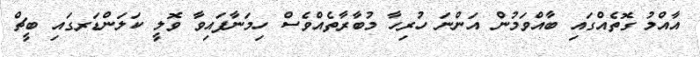
އާއްމު ގޮތެއްގައި ބާއްވަމުން އަންނަ ހުރިހާ މުބާރާތެއްވެސް ހިމަނާފައިވާ ވޮލީ ކަލަންޑަރގައި ބީޗް